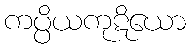
ကပ္ပိယကုဋိယော